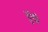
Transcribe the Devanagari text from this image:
चुंची